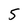
Character: 5